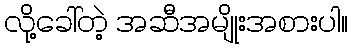
လို့ခေါ်တဲ့ အဆီအမျိုးအစားပါ။